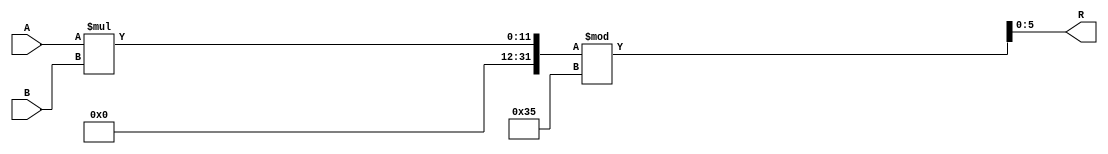
module mult_mod_53(A, B, R    );


input  [6:1] A, B;
output [6:1] R ; 

assign R = (A * B) % 53;

endmodule